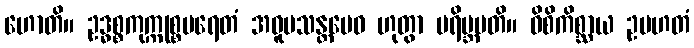
ဟောတိ။ ဥဒ္ဓစ္စကုက္ကုစ္စပရေတံ အဝူပသန္တမေဝ ဟုတွာ ပရိဗ္ဘမတိ။ ဝိစိကိစ္ဆာယ ဥပဟတံ